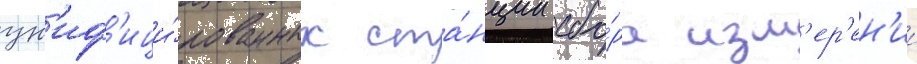
ун'иф'ици́рованных ста́нции сбо́ра изм'ер'ен'ии